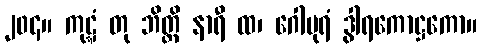
၂၀၄။ ကုဋ္ဋံ တု ဘိတ္တိ နာရီ ထ၊ ဂေါပုရံ ဒွါရကောဋ္ဌကော။